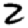
Digit: 2